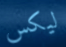
ليكس